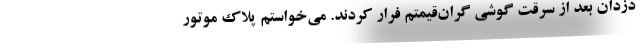
دزدان بعد از سرقت گوشی گران‌قیمتم فرار کردند. می‌خواستم پلاک موتور